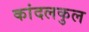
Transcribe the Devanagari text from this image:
कांदलकुल